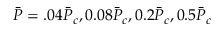
\Bar { P } = . 0 4 \Bar { P } _ { c } , 0 . 0 8 \Bar { P } _ { c } , 0 . 2 \Bar { P } _ { c } , 0 . 5 \Bar { P } _ { c }